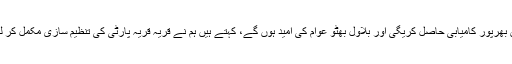
ان کا کہنا تھا کہ پیپلز پارٹی 2018 کے الیکشن میں بھرپور کامیابی حاصل کریگی اور بلاول بھٹو عوام کی امید ہوں گے، کہتے ہیں ہم نے قریہ قریہ پارٹی کی تنظیم سازی مکمل کر لی ہے اور بھرپور تیاری کے ساتھ الیکشن لڑیں گے۔